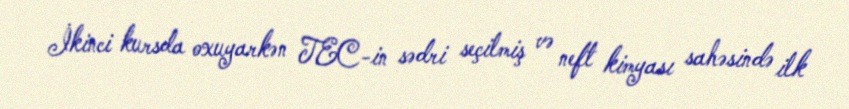
İkinci kursda oxuyarkən TEC-in sədri seçilmiş və neft kimyası sahəsində ilk